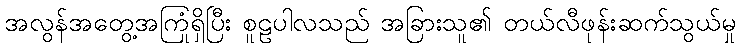
အလွန်အတွေ့အကြုံရှိပြီး စူဠပါလသည် အခြားသူ၏ တယ်လီဖုန်းဆက်သွယ်မှု